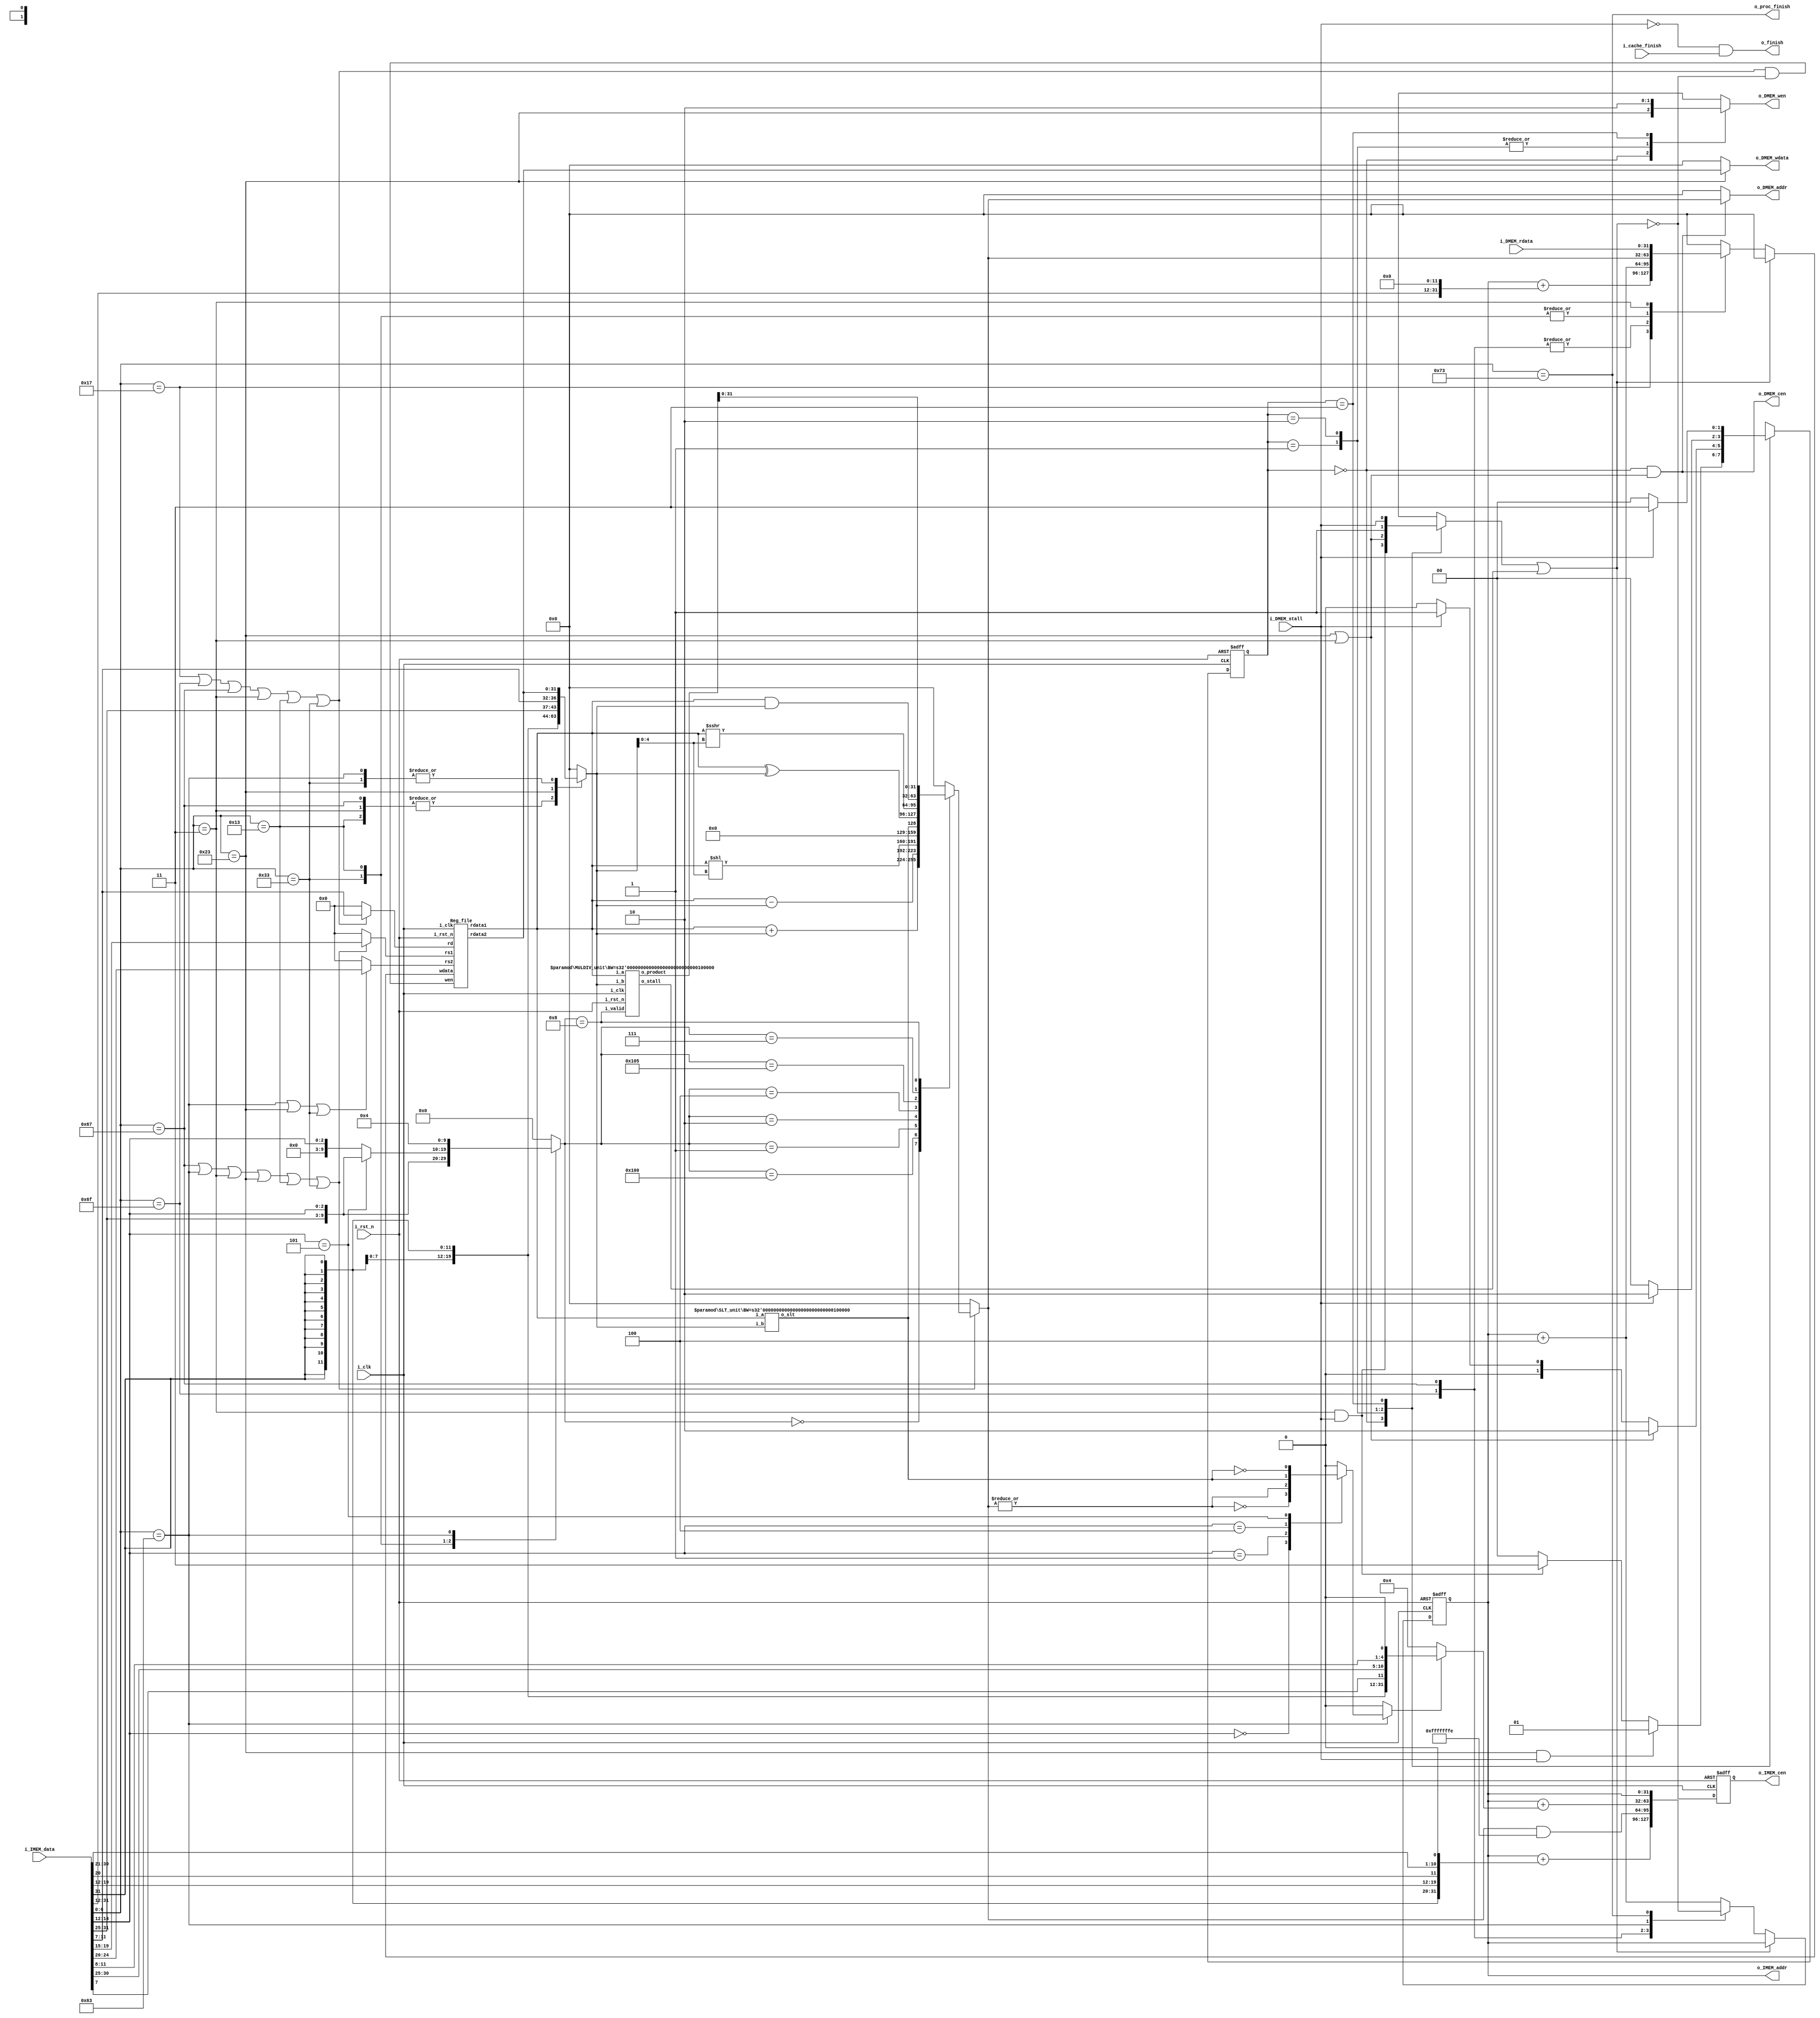
//----------------------------- DO NOT MODIFY THE I/O INTERFACE!! ------------------------------//
module CHIP #(                                                                                  //
    parameter BIT_W = 32                                                                        //
)(                                                                                              //
    // clock                                                                                    //
        input               i_clk,                                                              //
        input               i_rst_n,                                                            //
    // instruction memory                                                                       //
        input  [BIT_W-1:0]  i_IMEM_data,                                                        //
        output [BIT_W-1:0]  o_IMEM_addr,                                                        //
        output              o_IMEM_cen,                                                         //
    // data memory                                                                              //
        input               i_DMEM_stall,                                                       //
        input  [BIT_W-1:0]  i_DMEM_rdata,                                                       //
        output              o_DMEM_cen,                                                         //
        output              o_DMEM_wen,                                                         //
        output [BIT_W-1:0]  o_DMEM_addr,                                                        //
        output [BIT_W-1:0]  o_DMEM_wdata,                                                       //
    // finnish procedure                                                                        //
        output              o_finish,                                                           //
    // cache                                                                                    //
        input               i_cache_finish,                                                     //
        output              o_proc_finish                                                       //
);                                                                                              //
//----------------------------- DO NOT MODIFY THE I/O INTERFACE!! ------------------------------//

// ------------------------------------------------------------------------------------------------------------------------------------------------------
// Parameters
// ------------------------------------------------------------------------------------------------------------------------------------------------------

    parameter SHSIZE = 5;
    // opcode
    localparam AUIPC  = 7'b0010111;
    localparam JAL    = 7'b1101111;
    localparam JALR   = 7'b1100111;
    localparam ROP32  = 7'b0110011;
    localparam IOP32  = 7'b0010011;
    localparam LOAD   = 7'b0000011;
    localparam STORE  = 7'b0100011;
    localparam BRANCH = 7'b1100011;
    localparam ECALL  = 7'b1110011;
    // funct7 + funct3
    localparam ADD = 10'b0000000_000;
    localparam SUB = 10'b0100000_000;
    localparam SLL = 10'b0000000_001;
    localparam SLT = 10'b0000000_010;
    localparam XOR = 10'b0000000_100;
    localparam SRA = 10'b0100000_101;
    localparam AND = 10'b0000000_111;
    localparam MUL = 10'b0000001_000;
    // branch funct3
    localparam BEQ = 3'b000;
    localparam BNE = 3'b001;
    localparam BLT = 3'b100;
    localparam BGE = 3'b101;
    // JALR mask
    localparam MASK_JALR = {{BIT_W-1{1'b1}}, 1'b0};
    // store skipping states
    localparam S_NORM  = 2'd0;
    localparam S_SKIP  = 2'd1;
    localparam S_STORE = 2'd2;
    localparam S_LOAD  = 2'd3;

// ------------------------------------------------------------------------------------------------------------------------------------------------------
// Wires and Registers
// ------------------------------------------------------------------------------------------------------------------------------------------------------
    
    reg [1:0] state_r, state_w;
    reg [BIT_W-1:0] PC_r, PC_w;

    reg imem_cen, dmem_wen, dmem_stall;
    wire [6:0] opcode;
    wire stall, reg_write, has_rs1, has_rs2, has_rd;
    wire [4:0] rs1, rs2, rd;
    wire [BIT_W-1:0] reg_rdata1, reg_rdata2;
    reg  [BIT_W-1:0] reg_wdata;
    wire [BIT_W-1:0] imm_I, imm_S, imm_B, imm_U, imm_J;

    wire alu_active, alu_slt, alu_mul, muldiv_stall;
    reg  branch_taken;
    reg  [9:0] alu_operation;
    reg  [BIT_W-1:0] alu_operand, alu_result;
    wire [2*BIT_W-1:0] alu_product;

// ------------------------------------------------------------------------------------------------------------------------------------------------------
// Continuous Assignment
// ------------------------------------------------------------------------------------------------------------------------------------------------------

    assign o_IMEM_addr   = PC_r;
    assign o_IMEM_cen    = imem_cen;
    assign o_DMEM_cen    = state_r == S_NORM && ((opcode == LOAD) || (opcode == STORE));
    assign o_DMEM_wen    = dmem_wen;
    assign o_DMEM_addr   = o_DMEM_cen ? alu_result : {BIT_W{1'b0}};
    assign o_DMEM_wdata  = (opcode == STORE) ? reg_rdata2 : {BIT_W{1'b0}};
    assign o_finish      = !i_DMEM_stall && i_cache_finish;
    assign o_proc_finish = (opcode == ECALL);

    assign stall = dmem_stall || muldiv_stall;

    assign opcode     = i_IMEM_data[6:0];
    assign has_rs1    = (opcode == JALR) || (opcode == BRANCH) || (opcode == LOAD) || (opcode == STORE)
                     || (opcode == IOP32) || (opcode == ROP32);
    assign rs1        = has_rs1 ? i_IMEM_data[19:15] : 5'b0;
    assign has_rs2    = (opcode == BRANCH) || (opcode == STORE) || (opcode == ROP32);
    assign rs2        = has_rs2 ? i_IMEM_data[24:20] : 5'b0;
    assign has_rd     = (opcode == AUIPC) || (opcode == JAL) || (opcode == JALR) || (opcode == LOAD)
                     || (opcode == IOP32) || (opcode == ROP32);
    assign rd         = has_rd ? i_IMEM_data[11:7] : 5'b0;
    assign reg_write  = has_rd && !stall;
    assign imm_I      = {{BIT_W-11{i_IMEM_data[31]}}                , i_IMEM_data[30:20]};
    assign imm_S      = {{BIT_W-11{i_IMEM_data[31]}}                , i_IMEM_data[30:25], i_IMEM_data[11:7]};
    assign imm_B      = {{BIT_W-12{i_IMEM_data[31]}}, i_IMEM_data[7], i_IMEM_data[30:25], i_IMEM_data[11:8], 1'b0};
    assign imm_U      = {i_IMEM_data[31:12], 12'b0};
    assign imm_J      = {{BIT_W-20{i_IMEM_data[31]}}, i_IMEM_data[19:12], i_IMEM_data[20], i_IMEM_data[30:21], 1'b0};
    assign alu_active = (opcode == JALR) || (opcode == BRANCH) || (opcode == LOAD) || (opcode == STORE)
                     || (opcode == IOP32) || (opcode == ROP32);
    assign alu_mul    = (alu_operation == MUL);

// ------------------------------------------------------------------------------------------------------------------------------------------------------
// Submoddules
// ------------------------------------------------------------------------------------------------------------------------------------------------------

    Reg_file reg0(               
        .i_clk  (i_clk),             
        .i_rst_n(i_rst_n),         
        .wen    (reg_write),          
        .rs1    (rs1),                
        .rs2    (rs2),                
        .rd     (rd),                 
        .wdata  (reg_wdata),             
        .rdata1 (reg_rdata1),           
        .rdata2 (reg_rdata2)
    );

    SLT_unit#(.BW(BIT_W)) slt_unit_alu(
        .i_a   (reg_rdata1),
        .i_b   (alu_operand),
        .o_slt (alu_slt)
    );

    MULDIV_unit#(.BW(BIT_W)) muldiv_unit_alu(
        .i_clk     (i_clk),
        .i_rst_n   (i_rst_n),
        .i_a       (reg_rdata1),
        .i_b       (alu_operand),
        .i_valid   (alu_mul),
        .o_product (alu_product),
        .o_stall   (muldiv_stall)
    );

// ------------------------------------------------------------------------------------------------------------------------------------------------------
// Always Blocks
// ------------------------------------------------------------------------------------------------------------------------------------------------------

    always @(*) begin
        case (state_r)
            S_NORM: begin
                if (opcode == STORE && i_DMEM_stall)     state_w = S_SKIP;
                else if (opcode == LOAD && i_DMEM_stall) state_w = S_LOAD;
                else                                     state_w = S_NORM;
            end
            S_SKIP: begin
                if (opcode == STORE || opcode == LOAD) state_w = S_STORE;
                else if (!i_DMEM_stall)                state_w = S_NORM;
                else                                   state_w = S_SKIP;
            end
            S_STORE: begin
                if (!i_DMEM_stall) state_w = S_NORM;
                else               state_w = S_STORE;
            end
            S_LOAD: begin
                if (!i_DMEM_stall) state_w = S_NORM;
                else               state_w = S_LOAD;
            end
        endcase
    end

    always @(*) begin
        case (state_r)
            S_NORM: begin
                dmem_wen   = (opcode == STORE);
                dmem_stall = (opcode == LOAD) && i_DMEM_stall;
            end
            S_SKIP: begin
                dmem_wen   = 1'b1;
                dmem_stall = (opcode == LOAD || opcode == STORE);
            end
            S_STORE: begin
                dmem_wen   = 1'b1;
                dmem_stall = 1'b1;
            end
            S_LOAD: begin
                dmem_wen   = 1'b0;
                dmem_stall = i_DMEM_stall;
            end
        endcase
    end

    always @(*) begin
        if (stall) PC_w = PC_r;
        else begin
            case (opcode)
                JAL:     PC_w = PC_r + imm_J;
                JALR:    PC_w = alu_result & MASK_JALR;
                BRANCH:  PC_w = PC_r + (branch_taken ? imm_B : 4);
                ECALL:   PC_w = PC_r;
                default: PC_w = PC_r + 4;
            endcase
        end
    end

    always @(*) begin
        if (stall) reg_wdata = {BIT_W{1'b0}};
        else begin
            case (opcode)
                AUIPC:        reg_wdata = PC_r + imm_U;
                JAL, JALR:    reg_wdata = PC_r + 4;
                ROP32, IOP32: reg_wdata = alu_result;
                LOAD:         reg_wdata = i_DMEM_rdata;
                default:      reg_wdata = {BIT_W{1'b0}};
            endcase
        end
    end

    always @(*) begin
        case (opcode)
            ROP32: begin
                alu_operation = {i_IMEM_data[31:25], i_IMEM_data[14:12]};
                alu_operand   = reg_rdata2;
            end
            IOP32: begin
                if (i_IMEM_data[14:12] == 3'b101) alu_operation = {i_IMEM_data[31:25], i_IMEM_data[14:12]}; // Right shift special case
                else                              alu_operation = {7'b0              , i_IMEM_data[14:12]};
                alu_operand   = imm_I;
            end
            LOAD, JALR: begin
                alu_operation = ADD;
                alu_operand   = imm_I;
            end
            STORE: begin
                alu_operation = ADD;
                alu_operand   = imm_S;
            end
            BRANCH: begin
                alu_operation = XOR;
                alu_operand   = reg_rdata2;
            end
            default: begin
                alu_operation = 10'b0;
                alu_operand   = {BIT_W{1'b0}};
            end
        endcase
    end

    always @(*) begin
        if (alu_active) begin
            case (alu_operation)
                ADD:     alu_result = reg_rdata1 + alu_operand;
                SUB:     alu_result = reg_rdata1 - alu_operand;
                SLL:     alu_result = reg_rdata1 << alu_operand[SHSIZE-1:0];
                SLT:     alu_result = {{BIT_W-1{1'b0}}, alu_slt};
                XOR:     alu_result = reg_rdata1 ^ alu_operand;
                SRA:     alu_result = $unsigned($signed(reg_rdata1) >>> alu_operand[SHSIZE-1:0]);
                AND:     alu_result = reg_rdata1 & alu_operand;
                MUL:     alu_result = alu_product[BIT_W-1:0];
                default: alu_result = {BIT_W{1'b0}};
            endcase
        end
        else alu_result = {BIT_W{1'b0}};
    end

    always @(*) begin
        if (opcode == BRANCH) begin
            case (i_IMEM_data[14:12])
                BEQ:     branch_taken = ~|alu_result;
                BNE:     branch_taken = |alu_result;
                BLT:     branch_taken = alu_slt;
                BGE:     branch_taken = !alu_slt;
                default: branch_taken = 1'b0;
            endcase
        end
        else begin
            branch_taken = 1'b0;
        end
    end

    always @(posedge i_clk or negedge i_rst_n) begin
        if (!i_rst_n) begin
            state_r  <= S_NORM;
            PC_r     <= 32'h00010000; // Do not modify this value!!!
            imem_cen <= 1'b1;
        end
        else begin
            state_r  <= state_w;
            PC_r     <= PC_w;
            imem_cen <= !stall;
        end
    end

endmodule

module Reg_file(i_clk, i_rst_n, wen, rs1, rs2, rd, wdata, rdata1, rdata2);
   
    parameter BITS = 32;
    parameter word_depth = 32;
    parameter addr_width = 5; // 2^addr_width >= word_depth
    
    input i_clk, i_rst_n, wen; // wen: 0:read | 1:write
    input [BITS-1:0] wdata;
    input [addr_width-1:0] rs1, rs2, rd;

    output [BITS-1:0] rdata1, rdata2;

    reg [BITS-1:0] mem [0:word_depth-1];
    reg [BITS-1:0] mem_nxt [0:word_depth-1];

    integer i;

    assign rdata1 = mem[rs1];
    assign rdata2 = mem[rs2];

    always @(*) begin
        for (i=0; i<word_depth; i=i+1)
            mem_nxt[i] = (wen && (rd == i)) ? wdata : mem[i];
    end

    always @(posedge i_clk or negedge i_rst_n) begin
        if (!i_rst_n) begin
            mem[0] <= 0;
            for (i=1; i<word_depth; i=i+1) begin
                case(i)
                    32'd2: mem[i] <= 32'hbffffff0;
                    32'd3: mem[i] <= 32'h10008000;
                    default: mem[i] <= 32'h0;
                endcase
            end
        end
        else begin
            mem[0] <= 0;
            for (i=1; i<word_depth; i=i+1)
                mem[i] <= mem_nxt[i];
        end       
    end
endmodule

module MULDIV_unit #(
    parameter BW = 32
) (
    input             i_clk,
    input             i_rst_n,
    input  [BW-1:0]   i_a,
    input  [BW-1:0]   i_b,
    input             i_valid,
    output [2*BW-1:0] o_product,
    output            o_stall
);

    localparam S_IDLE = 1'b0;
    localparam S_CALC = 1'b1;

    reg state_w, state_r;
    reg [BW-1:0]   a_w, a_r, b_w, b_r;
    wire [2*BW-1:0] product[BW:0];
    genvar i;

    assign o_stall   = i_valid && (state_r == S_IDLE);
    assign o_product = (state_r == S_CALC) ? product[BW] : {(2*BW){1'b0}};

    assign product[0] = {{BW{1'b0}}, i_a};
    generate
        for (i = 0; i < BW; i = i + 1)
        begin: gen_product
            assign product[i+1] = (product[i] + (product[i][0] ? {i_b, {BW{1'b0}}} : {(2*BW){1'b0}})) >> 1;
        end
    endgenerate

    always @(*) begin
        case (state_r)
            S_IDLE: begin
                if (i_valid) begin
                    state_w = S_CALC;
                    a_w     = i_a;
                    b_w     = i_b;
                end
                else begin
                    state_w = S_IDLE;
                    a_w     = {BW{1'b0}};
                    b_w     = {BW{1'b0}};
                end
            end
            S_CALC: begin
                state_w = S_IDLE;
                a_w     = {BW{1'b0}};
                b_w     = {BW{1'b0}};
            end
        endcase
    end

    always @(posedge i_clk or negedge i_rst_n) begin
        if (!i_rst_n) begin
            state_r   <= S_IDLE;
        end
        else begin
            state_r   <= state_w;
        end
    end


endmodule

module SLT_unit #(
    parameter BW = 32
) (
    input [BW-1:0] i_a,
    input [BW-1:0] i_b,
    output         o_slt
);

    wire [BW-1:0] diff;
    reg slt;

    assign diff = i_a - i_b;
    assign o_slt = slt;

    always @(*) begin
        case ({i_a[BW-1], i_b[BW-1]})
            2'b01:   slt = 1'b0;             // pos, neg
            2'b10:   slt = 1'b1;             // neg, pos
            default: slt = diff[BW-1];
        endcase
    end
    
endmodule

module Cache#(
    parameter BIT_W = 32,
    parameter ADDR_W = 32
) (
    input i_clk,
    input i_rst_n,
    // processor interface
    input               i_proc_cen,
    input               i_proc_wen,
    input  [ADDR_W-1:0] i_proc_addr,
    input  [BIT_W -1:0] i_proc_wdata,
    output [BIT_W -1:0] o_proc_rdata,
    output              o_proc_stall,
    input               i_proc_finish,
    output              o_cache_finish,
    // memory interface
    output               o_mem_cen,
    output               o_mem_wen,
    output [ADDR_W -1:0] o_mem_addr,
    output [BIT_W*4-1:0] o_mem_wdata,
    input  [BIT_W*4-1:0] i_mem_rdata,
    input                i_mem_stall,
    output               o_cache_available,
    // others
    input  [ADDR_W-1: 0] i_offset
);

    assign o_cache_available = 1'b1; // change this value to 1 if the cache is implemented

// ------------------------------------------------------------------------------------------------------------------------------------------------------
// Parameters
// ------------------------------------------------------------------------------------------------------------------------------------------------------

    parameter SHSIZE = 5;
    parameter BYOS_W = SHSIZE - 3;
    parameter BLOS_W = 2;
    parameter BLKI_W = 4;
    parameter TAG_W  = ADDR_W - BLKI_W - BLOS_W - BYOS_W;
    localparam S_IDLE = 3'd0;
    localparam S_READ = 3'd1;
    localparam S_WRITE = 3'd2;
    localparam S_START = 3'd3;
    localparam S_CLEAN = 3'd4;

// ------------------------------------------------------------------------------------------------------------------------------------------------------
// Wires and Registers
// ------------------------------------------------------------------------------------------------------------------------------------------------------

    reg  [2:0] state_r, state_w;
    reg  [BIT_W*4-1:0] cache_data [{BLKI_W{1'b1}}:0], cache_data_w [{BLKI_W{1'b1}}:0];
    reg  [TAG_W  -1:0] cache_tags [{BLKI_W{1'b1}}:0], cache_tags_w [{BLKI_W{1'b1}}:0];
    reg                cache_valid[{BLKI_W{1'b1}}:0], cache_valid_w[{BLKI_W{1'b1}}:0];
    reg                cache_dirty[{BLKI_W{1'b1}}:0], cache_dirty_w[{BLKI_W{1'b1}}:0];
    wire [{BLKI_W{1'b1}}:0] packed_dirty;
    
    wire [TAG_W -1:0] tag;
    reg  [TAG_W -1:0] tag_r;
    wire [BLKI_W-1:0] block_i, block_dirty;
    reg  [BLKI_W-1:0] block_i_r;
    wire [BLOS_W-1:0] block_os;
    reg  [BLOS_W-1:0] block_os_r;
    wire [BYOS_W-1:0] byte_os;

    reg                proc_stall, mem_cen, mem_wen;
    reg  [BIT_W  -1:0] proc_rdata;
    wire [BIT_W*4-1:0] alloc_data_w, alloc_mask_w;
    reg  [BIT_W*4-1:0] mem_wdata, alloc_data_r, alloc_mask_r;
    reg  [ADDR_W -1:0] mem_addr;

    wire miss, clean;

// ------------------------------------------------------------------------------------------------------------------------------------------------------
// Continuous Assignment
// ------------------------------------------------------------------------------------------------------------------------------------------------------

    assign o_proc_stall = proc_stall;
    assign o_proc_rdata = proc_rdata;

    assign o_mem_cen   = mem_cen;
    assign o_mem_wen   = mem_wen;
    assign o_mem_addr  = mem_addr;
    assign o_mem_wdata = mem_wdata;

    assign o_cache_finish = i_proc_finish && clean;

    assign {tag, block_i, block_os, byte_os} = (state_r != S_IDLE) ? {tag_r, block_i_r, block_os_r, {BYOS_W{1'b0}}}
                                                                   : i_proc_addr - i_offset;
    assign miss       = !cache_valid[block_i] || (cache_tags[block_i] != tag);
    assign alloc_data_w = (state_r != S_IDLE) ? alloc_data_r
                                              : i_proc_wen ? (i_proc_wdata << {block_os, {SHSIZE{1'b0}}}) : {(BIT_W*4){1'b0}};
    assign alloc_mask_w = (state_r != S_IDLE) ? alloc_mask_r
                                              : i_proc_wen ? ~({BIT_W{1'b1}} << {block_os, {SHSIZE{1'b0}}}) : {(BIT_W*4){1'b1}};
    
    genvar gv_i;
    generate
        for (gv_i = 0; gv_i <= {BLKI_W{1'b1}}; gv_i = gv_i + 1) begin: pack_dirty
            assign packed_dirty[gv_i] = cache_dirty[gv_i];
        end
    endgenerate

// ------------------------------------------------------------------------------------------------------------------------------------------------------
// Submoddules
// ------------------------------------------------------------------------------------------------------------------------------------------------------

    FFS_unit#(.NUMW(BLKI_W)) ffs_unit_dirty (.i_bstr(packed_dirty), .o_index(block_dirty), .o_empty(clean));

// ------------------------------------------------------------------------------------------------------------------------------------------------------
// Always Blocks
// ------------------------------------------------------------------------------------------------------------------------------------------------------

    always @(*) begin
        case (state_r)
            S_IDLE: begin
                if (i_proc_cen && miss && cache_dirty[block_i]) state_w = S_WRITE;
                else if (i_proc_cen && miss)                    state_w = S_READ;
                else if (i_proc_finish && !clean)               state_w = S_CLEAN;
                else                                            state_w = S_IDLE;
            end
            S_READ:  state_w = i_mem_stall ? S_READ  : S_IDLE;
            S_WRITE: state_w = i_mem_stall ? S_START : S_IDLE;
            S_START: state_w = S_READ;
            S_CLEAN: state_w = i_mem_stall ? S_CLEAN : S_IDLE;
            default: state_w = S_IDLE;
        endcase
    end

    reg [BLKI_W:0] i;
    always @(*) begin
        for (i = 0; i <= {BLKI_W{1'b1}}; i = i + 1) begin
            if (state_r == S_IDLE && i_proc_cen && i_proc_wen && !miss && i == block_i) begin
                cache_data_w [i] = cache_data[i] & alloc_mask_w | alloc_data_w;
                cache_tags_w [i] = cache_tags[i];
                cache_valid_w[i] = 1'b1;
            end
            else if (state_r == S_READ && i == block_i_r) begin
                cache_data_w [i] = i_mem_rdata & alloc_mask_r | alloc_data_r;
                cache_tags_w [i] = tag_r;
                cache_valid_w[i] = 1'b1;
            end
            else begin
                cache_data_w [i] = cache_data [i];
                cache_tags_w [i] = cache_tags [i];
                cache_valid_w[i] = cache_valid[i];
            end
        end
    end

    always @(*) begin
        for (i = 0; i <= {BLKI_W{1'b1}}; i = i + 1) begin
            if (state_r == S_IDLE && i_proc_cen && i_proc_wen && i == block_i) cache_dirty_w[i] = 1'b1;
            else if (state_r == S_READ
                  && alloc_mask_r == {(BIT_W*4){1'b1}} && i == block_i_r)      cache_dirty_w[i] = 1'b0;
            else if (state_r == S_CLEAN && i == block_dirty)                   cache_dirty_w[i] = i_mem_stall;
            else                                                               cache_dirty_w[i] = cache_dirty[i];
        end
    end

    always @(*) begin
        case (state_r)
            S_IDLE:                    proc_stall = i_proc_cen && miss;
            S_READ:                    proc_stall = i_mem_stall;
            S_WRITE, S_START, S_CLEAN: proc_stall = 1'b1;
            default:                   proc_stall = 1'b0;
        endcase
    end

    always @(*) begin
        case (state_r)
            S_IDLE:  proc_rdata = cache_data  [block_i][{block_os,   {SHSIZE{1'b0}}} +: BIT_W];
            S_READ:  proc_rdata = cache_data_w[block_i][{block_os_r, {SHSIZE{1'b0}}} +: BIT_W];
            default: proc_rdata = {BIT_W{1'b0}};
        endcase
    end

    always @(*) begin
        case (state_r)
            S_IDLE: begin
                mem_cen = i_proc_cen && miss || i_proc_finish && !clean;
                mem_wen = i_proc_cen && miss && cache_dirty[block_i] || i_proc_finish && !clean;
            end
            S_READ: begin
                mem_cen = 1'b1;
                mem_wen = 1'b0;
            end
            S_READ, S_START: begin
                mem_cen = 1'b1;
                mem_wen = 1'b0;
            end
            S_WRITE, S_CLEAN: begin
                mem_cen = 1'b1;
                mem_wen = 1'b1;
            end
            default: begin
                mem_cen = 1'b0;
                mem_wen = 1'b0;
            end
        endcase
    end

    always @(*) begin
        case (state_r)
            S_IDLE:          mem_addr = (i_proc_finish        ? {cache_tags[block_dirty], block_dirty, {(BLOS_W+BYOS_W){1'b0}}}
                                       : cache_dirty[block_i] ? {cache_tags[block_i],     block_i, {(BLOS_W+BYOS_W){1'b0}}}
                                                              : {tag,                     block_i, {(BLOS_W+BYOS_W){1'b0}}}) + i_offset;
            S_READ, S_START: mem_addr = {tag_r                  , block_i_r  , {(BLOS_W+BYOS_W){1'b0}}} + i_offset;
            S_WRITE:         mem_addr = {cache_tags[block_i_r]  , block_i_r  , {(BLOS_W+BYOS_W){1'b0}}} + i_offset;
            S_CLEAN:         mem_addr = {cache_tags[block_dirty], block_dirty, {(BLOS_W+BYOS_W){1'b0}}} + i_offset;
            default:         mem_addr = {ADDR_W{1'b0}};
        endcase
    end

    always @(*) begin
        case (state_r)
            S_IDLE:  mem_wdata = i_proc_finish ? cache_data[block_dirty] : cache_data[block_i];
            S_WRITE: mem_wdata = cache_data[block_i_r];
            S_CLEAN: mem_wdata = cache_data[block_dirty];
            default: mem_wdata = {(BIT_W*4){1'b0}};
        endcase
    end

    always @(posedge i_clk or negedge i_rst_n) begin
        if (!i_rst_n) begin
            for (i = 0; i <= {BLKI_W{1'b1}}; i = i + 1) begin
                cache_data [i] <= {(BIT_W*4){1'b0}};
                cache_tags [i] <= {TAG_W    {1'b0}};
                cache_valid[i] <= 1'b0;
                cache_dirty[i] <= 1'b0;
            end
            state_r      <= S_IDLE;
            tag_r        <= {TAG_W    {1'b0}};
            block_i_r    <= {BLKI_W   {1'b0}};
            block_os_r   <= {BLOS_W   {1'b0}};
            alloc_data_r <= {(BIT_W*4){1'b0}};
            alloc_mask_r <= {(BIT_W*4){1'b0}};
        end
        else begin
            for (i = 0; i <= {BLKI_W{1'b1}}; i = i + 1) begin
                cache_data [i] <= cache_data_w [i];
                cache_tags [i] <= cache_tags_w [i];
                cache_valid[i] <= cache_valid_w[i];
                cache_dirty[i] <= cache_dirty_w[i];
            end
            state_r      <= state_w;
            tag_r        <= tag;
            block_i_r    <= block_i;
            block_os_r   <= block_os;
            alloc_data_r <= alloc_data_w;
            alloc_mask_r <= alloc_mask_w;
        end
    end

endmodule

module FFS_unit #(
    parameter NUMW = 4
) (
    input  [{NUMW{1'b1}}:0] i_bstr,
    output [NUMW-1      :0] o_index,
    output                  o_empty
);

    wire [NUMW-2:0] index_lower, index_upper;
    wire            empty_lower, empty_upper;
    generate
        if (NUMW == 1) begin: gen_base_case
            assign o_index[0] = (!i_bstr[0] && i_bstr[1]);
            assign o_empty    = ~|i_bstr;
        end
        else begin: gen_recursion
            FFS_unit#(.NUMW(NUMW-1)) ffs_unit_lower (
                .i_bstr(i_bstr[{(NUMW-1){1'b1}}:0]),
                .o_index(index_lower),
                .o_empty(empty_lower)
            );
            FFS_unit#(.NUMW(NUMW-1)) ffs_unit_upper (
                .i_bstr(i_bstr[{(NUMW){1'b1}}:{1'b1, {(NUMW-1){1'b0}}}]),
                .o_index(index_upper),
                .o_empty(empty_upper)
            );
            assign o_index = empty_lower ? {1'b1, {(NUMW-1){1'b0}}} + index_upper : index_lower;
            assign o_empty = empty_lower && empty_upper;
        end
    endgenerate
    
endmodule